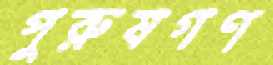
পুরুষগণ